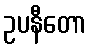
ဥပနီတော